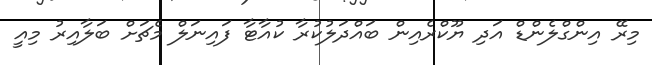
މިރޭ އިންގްލެންޑް އަދި ޔޫކްރެއިން ބައްދަލުކުރާ ކުއާޓާ ފައިނަލް މެޗަށް ބަލާއިރު މިއީ